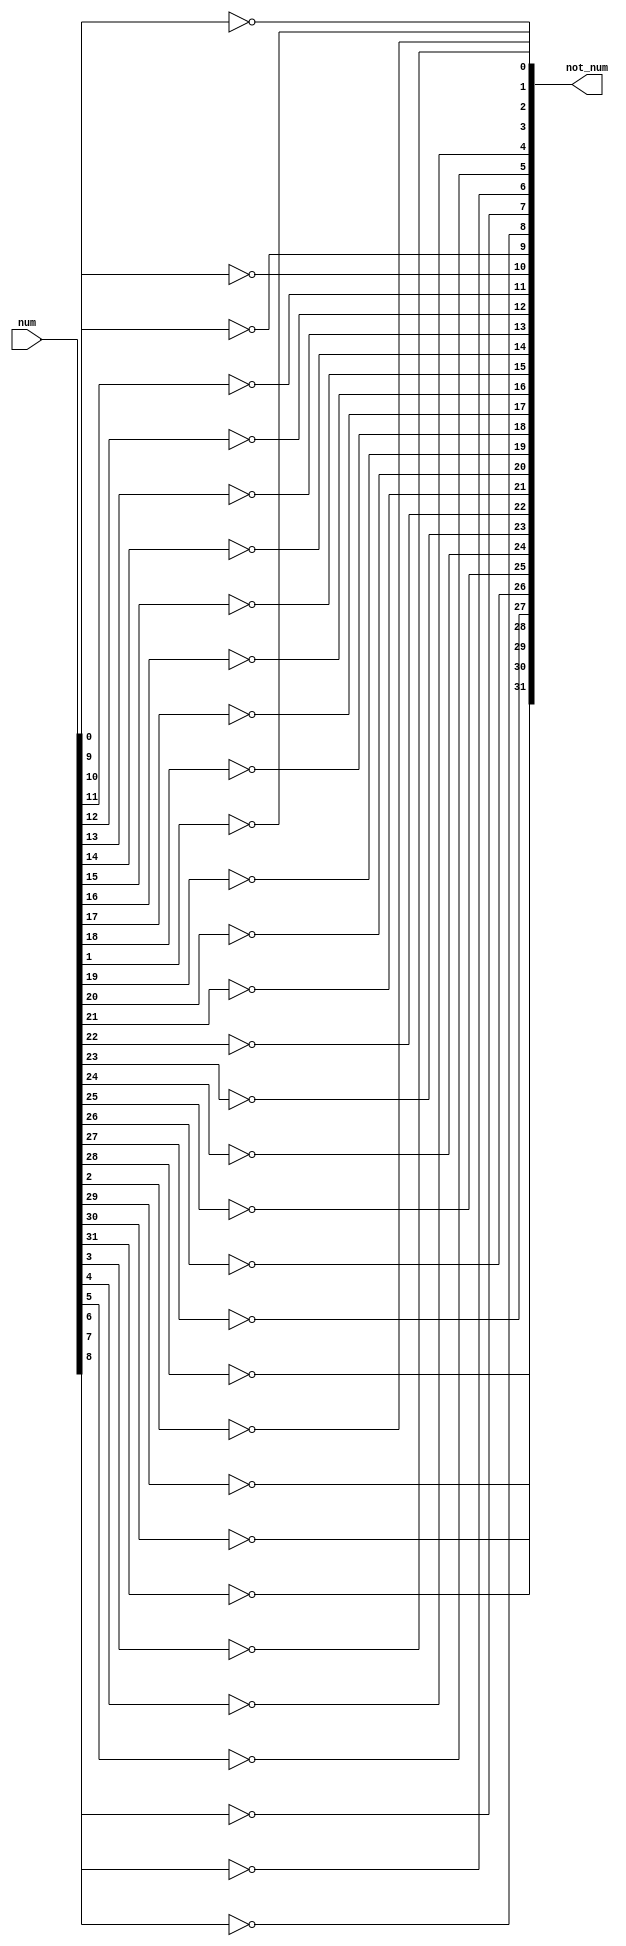
module not_32bit(
	input [31:0] num,
	output [31:0] not_num);
	
	not(not_num[0],num[0]);
	not(not_num[1],num[1]);
	not(not_num[2],num[2]);
	not(not_num[3],num[3]);
	not(not_num[4],num[4]);
	not(not_num[5],num[5]);
	not(not_num[6],num[6]);
	not(not_num[7],num[7]);
	not(not_num[8],num[8]);
	not(not_num[9],num[9]);
	not(not_num[10],num[10]);
	not(not_num[11],num[11]);
	not(not_num[12],num[12]);
	not(not_num[13],num[13]);
	not(not_num[14],num[14]);
	not(not_num[15],num[15]);
	not(not_num[16],num[16]);
	not(not_num[17],num[17]);
	not(not_num[18],num[18]);
	not(not_num[19],num[19]);
	not(not_num[20],num[20]);
	not(not_num[21],num[21]);
	not(not_num[22],num[22]);
	not(not_num[23],num[23]);
	not(not_num[24],num[24]);
	not(not_num[25],num[25]);
	not(not_num[26],num[26]);
	not(not_num[27],num[27]);
	not(not_num[28],num[28]);
	not(not_num[29],num[29]);
	not(not_num[30],num[30]);
	not(not_num[31],num[31]);
	
endmodule